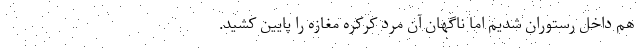
هم داخل رستوران شدیم اما ناگهان آن مرد کرکره مغازه را پایین کشید.